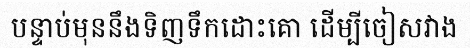
បន្ទាប់មុននឹងទិញទឹកដោះគោ ដើម្បីចៀសវាង